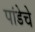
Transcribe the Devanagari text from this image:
पांडेचे